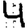
Digit: 4